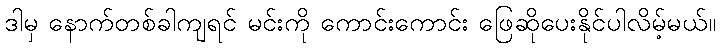
ဒါမှ နောက်တစ်ခါကျရင် မင်းကို ကောင်းကောင်း ဖြေဆိုပေးနိုင်ပါလိမ့်မယ်။